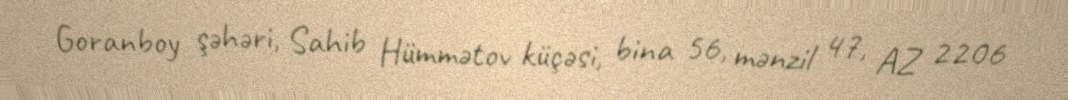
Goranboy şəhəri, Sahib Hümmətov küçəsi, bina 56, mənzil 47, AZ 2206